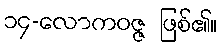
၁၄-လောကဝဇ္ဇ ဖြစ်၏။